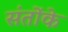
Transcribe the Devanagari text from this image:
संतोंके